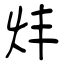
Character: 炐